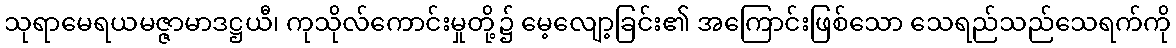
သုရာမေရယမဇ္ဇာမာဒဋ္ဌယီ၊ ကုသိုလ်ကောင်းမှုတို့၌ မေ့လျော့ခြင်း၏ အကြောင်းဖြစ်သော သေရည်သည်သေရက်ကို